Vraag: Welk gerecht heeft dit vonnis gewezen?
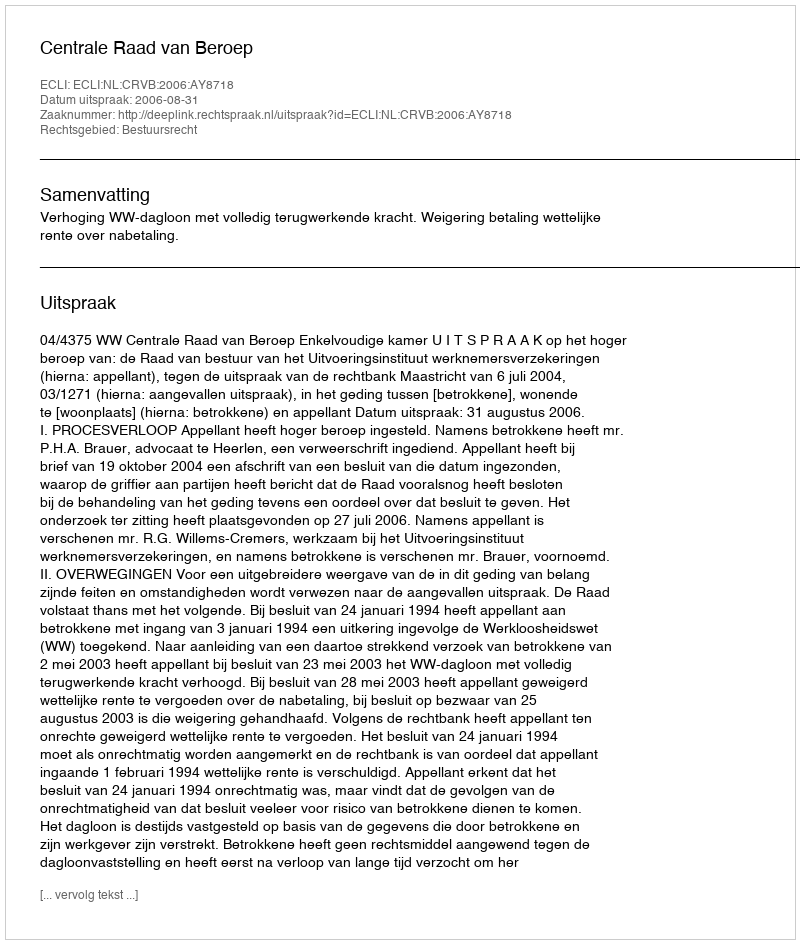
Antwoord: Centrale Raad van Beroep